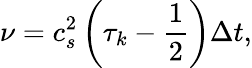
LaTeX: \nu=c_{s}^{2}\left(\tau_{k}-\frac{1}{2}\right)\Delta t,